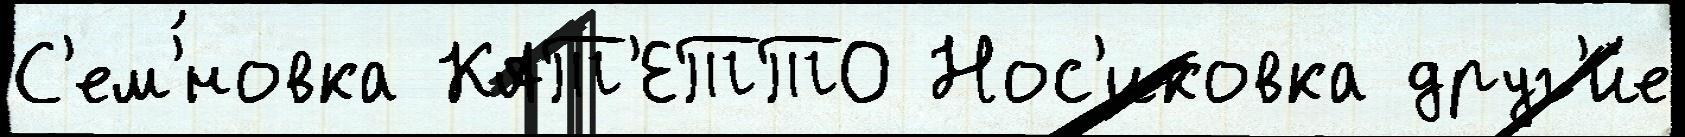
С'ем'́новка КАТ'ЕТТО Нос'иковка друг'и́е